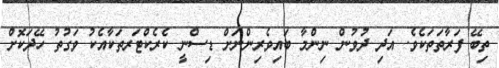
ތިބޭ ފަރާތަތަކެވެ. އަދި ދުވުން ނިންމާ ބައިވެރިންނަށް ޑިސްނީ ކެރެކްޓަރތަކާއެކު ވަގުތު ހޭދަކޮށް